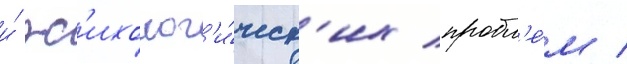
и́ пс'ихолог'и́ческ'их пробл'е́м /